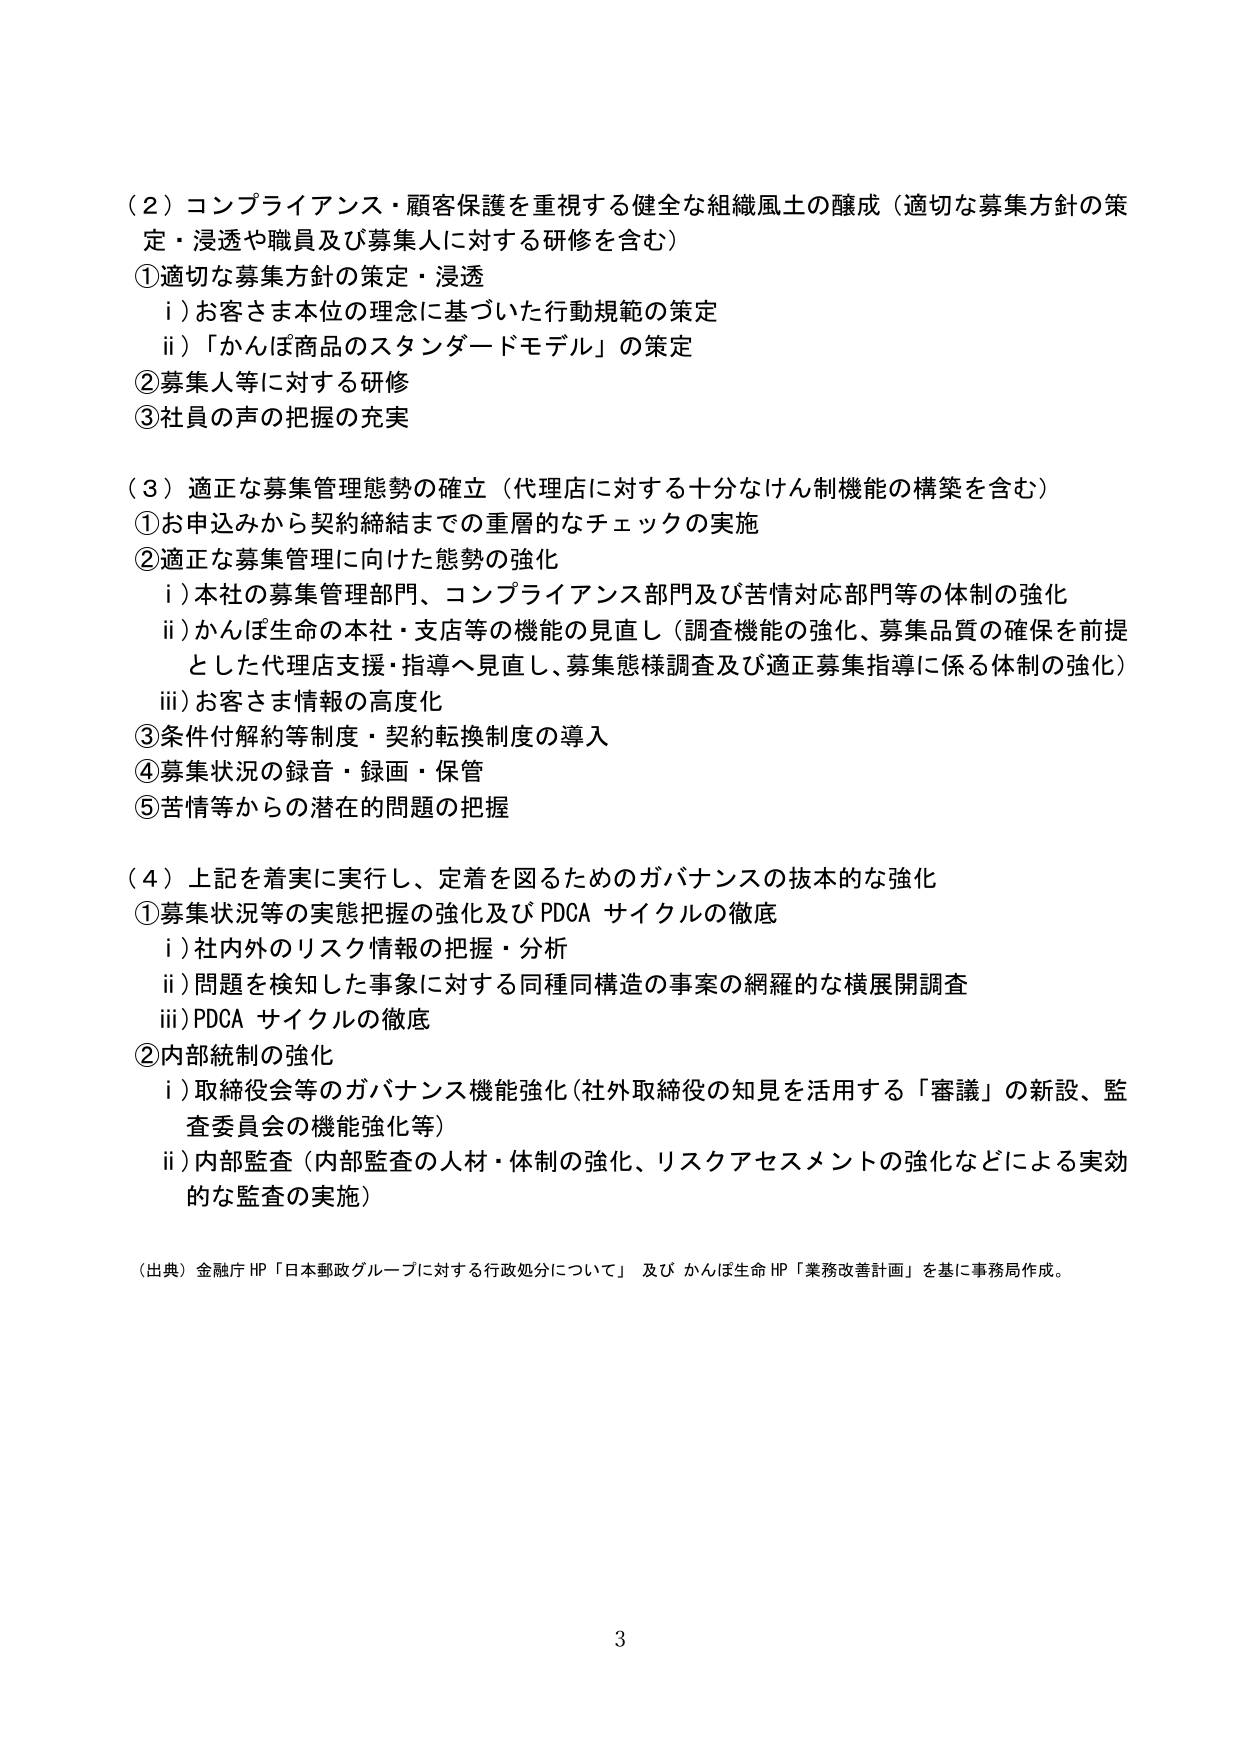
（２）コンプライアンス・顧客保護を重視する健全な組織風土の醸成（適切な募集方針の策定・浸透や職員及び募集人に対する研修を含む）
①適切な募集方針の策定・浸透
　i）お客さま本位の理念に基づいた行動規範の策定
　ii）「かんぽ商品のスタンダードモデル」の策定
②募集人等に対する研修
③社員の声の把握の充実

（３）適正な募集管理態勢の確立（代理店に対する十分なけん制機能の構築を含む）
①お申込みから契約締結までの重層的なチェックの実施
②適正な募集管理に向けた態勢の強化
　i）本社の募集管理部門、コンプライアンス部門及び苦情対応部門等の体制の強化
　ii）かんぽ生命の本社・支店等の機能の見直し（調査機能の強化、募集品質の確保を前提とした代理店支援・指導へ見直し、募集態様調査及び適正募集指導に係る体制の強化）
　iii）お客さま情報の高度化
③条件付解約等制度・契約転換制度の導入
④募集状況の録音・録画・保管
⑤苦情等からの潜在的問題の把握

（４）上記を着実に実行し、定着を図るためのガバナンスの抜本的な強化
①募集状況等の実態把握の強化及びPDCAサイクルの徹底
　i）社内外のリスク情報の把握・分析
　ii）問題を検知した事象に対する同種同構造の事案の網羅的な横展開調査
　iii）PDCAサイクルの徹底
②内部統制の強化
　i）取締役会等のガバナンス機能強化（社外取締役の知見を活用する「審議」の新設、監査委員会の機能強化等）
　ii）内部監査（内部監査の人材・体制の強化、リスクアセスメントの強化などによる実効的な監査の実施）

（出典）金融庁HP「日本郵政グループに対する行政処分について」及びかんぽ生命HP「業務改善計画」を基に事務局作成。

3